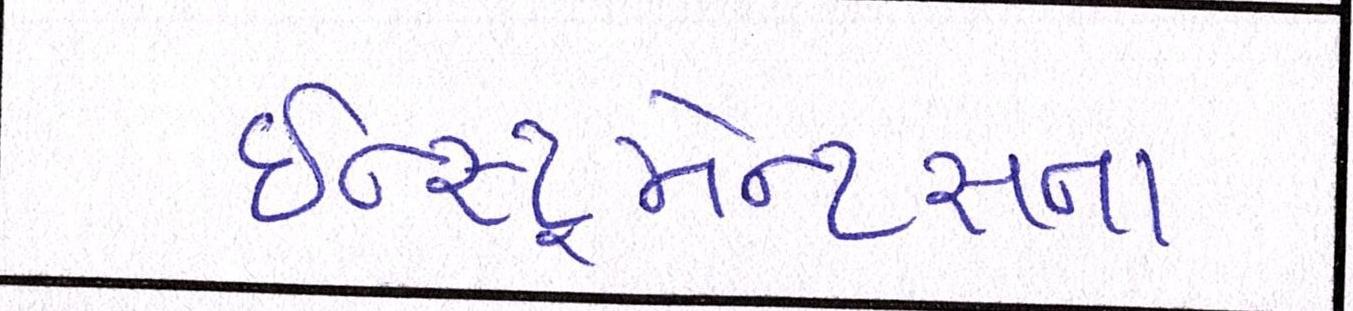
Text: ઇન્સ્ટ્રુમેન્ટસના